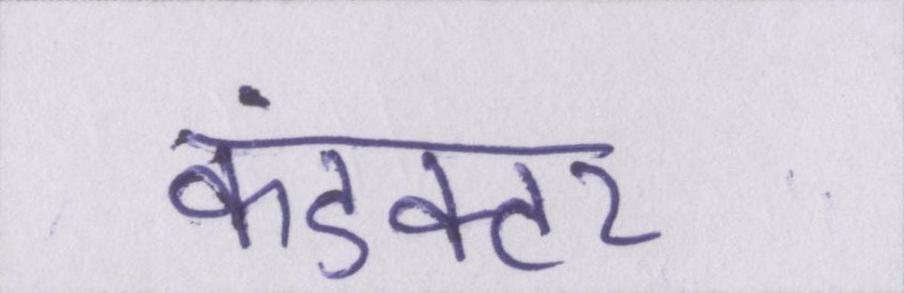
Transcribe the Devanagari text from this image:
कंडक्टर